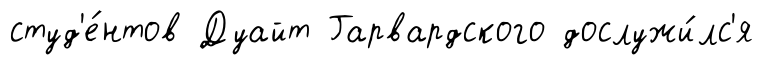
студ'е́нтов Дуайт Гарвардского дослужи́лс'я